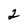
Character: 2